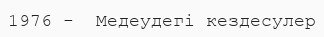
1976 -  Медеудегі кездесулер